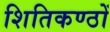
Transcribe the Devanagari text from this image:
शितिकण्ठों